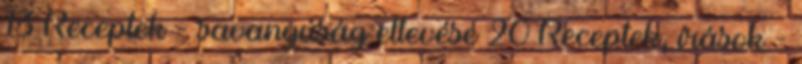
13 Receptek - savanyúság eltevése 20 Receptek, írások -